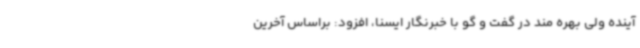
آینده ولی بهره مند در گفت و گو با خبرنگار ایسنا، افزود: براساس آخرین